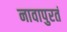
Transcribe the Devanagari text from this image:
नावापुरतं